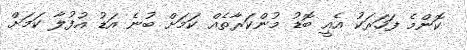
ކޮންމެ ފަހަރަކު އެއީ ބޮޑު މުންކަރާތެއް ކަމަށް ބުނެ އަޑު އުފުލާ ކަމަށް